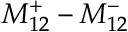
M _ { 1 2 } ^ { + } - M _ { 1 2 } ^ { - }